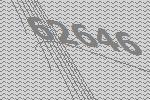
62646